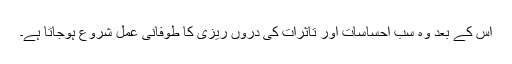
اس کے بعد وہ سب احساسات اور تاثرات کی دُروں ریزی کا طوفانی عمل شروع ہوجاتا ہے۔